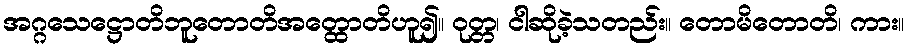
အဂ္ဂသေဋ္ဌောတိဘူတောတိအတ္ထောတိဟူ၍။ ဝုတ္တ၊ ငါဆိုခဲ့သတည်း။ တောမိတောတိ၊ ကား။